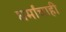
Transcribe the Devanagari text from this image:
धर्मांचाही